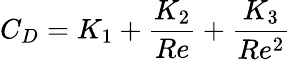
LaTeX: C_{D}=K_{1}+\frac{K_{2}}{Re}+\frac{K_{3}}{Re^{2}}